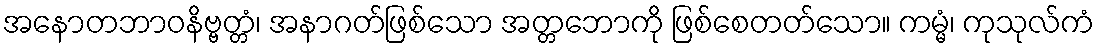
အနောတဘာဝနိဗ္ဗတ္တံ၊ အနာဂတ်ဖြစ်သော အတ္တဘောကို ဖြစ်စေတတ်သော။ ကမ္မံ၊ ကုသုလ်ကံ